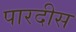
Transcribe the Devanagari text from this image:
पारदीस